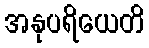
အနုပရိယေတိ